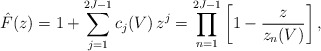
\begin{align*}\hat{F}(z)=1+\sum_{j=1}^{2J-1}c_j(V)\,z^j=\prod_{n=1}^{2J-1}\left[1-\frac{z}{z_n(V)}\right],\end{align*}